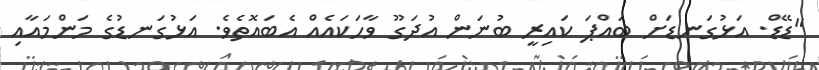
"ޑޭޑް. އަޅުގަނޑަށް ބައްޕަ ކައިރީ ބުނަން އުދަގޫ ވާހަކައެއް އެބައޮތެވެ. އަޅުގަނޑުގެ މަންމައާއި